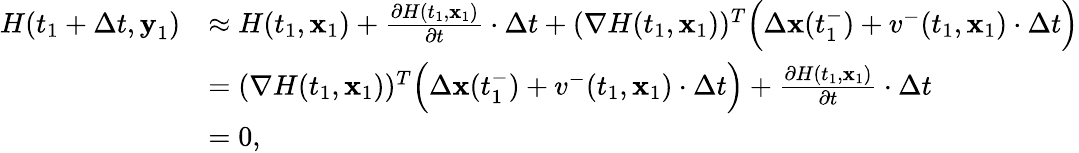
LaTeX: \begin{array}{rl}{H(t_{1}+\Delta t,\textbf{y}_{1})}&{\approx H(t_{1},\textbf{x}_{1})+\frac{\partial H(t_{1},\textbf{x}_{1})}{\partial t}\cdot\Delta t+(\nabla H(t_{1},\textbf{x}_{1}))^{T}\Big(\Delta\textbf{x}(t_{1}^{-})+v^{-}(t_{1},\textbf{x}_{1})\cdot\Delta t\Big)}\\ &{=(\nabla H(t_{1},\textbf{x}_{1}))^{T}\Big(\Delta\textbf{x}(t_{1}^{-})+v^{-}(t_{1},\textbf{x}_{1})\cdot\Delta t\Big)+\frac{\partial H(t_{1},\textbf{x}_{1})}{\partial t}\cdot\Delta t}\\ &{=0,}\end{array}